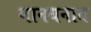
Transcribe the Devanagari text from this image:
मानधनात